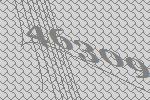
46309